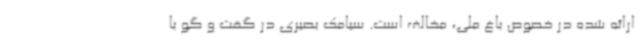
ارائه شده در خصوص باغ ملی، مخالف است. سیامک بصیری در گفت و گو با